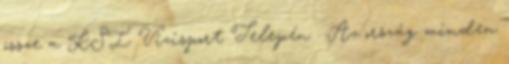
össze a KSI Vizisport Telepén . Az ország minden